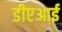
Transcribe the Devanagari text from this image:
डीएआई